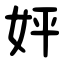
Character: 㛁